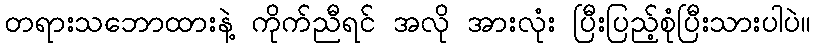
တရားသဘောထားနဲ့ ကိုက်ညီရင် အလို အားလုံး ပြီးပြည့်စုံပြီးသားပါပဲ။